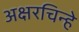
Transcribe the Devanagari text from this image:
अक्षरचिन्हे